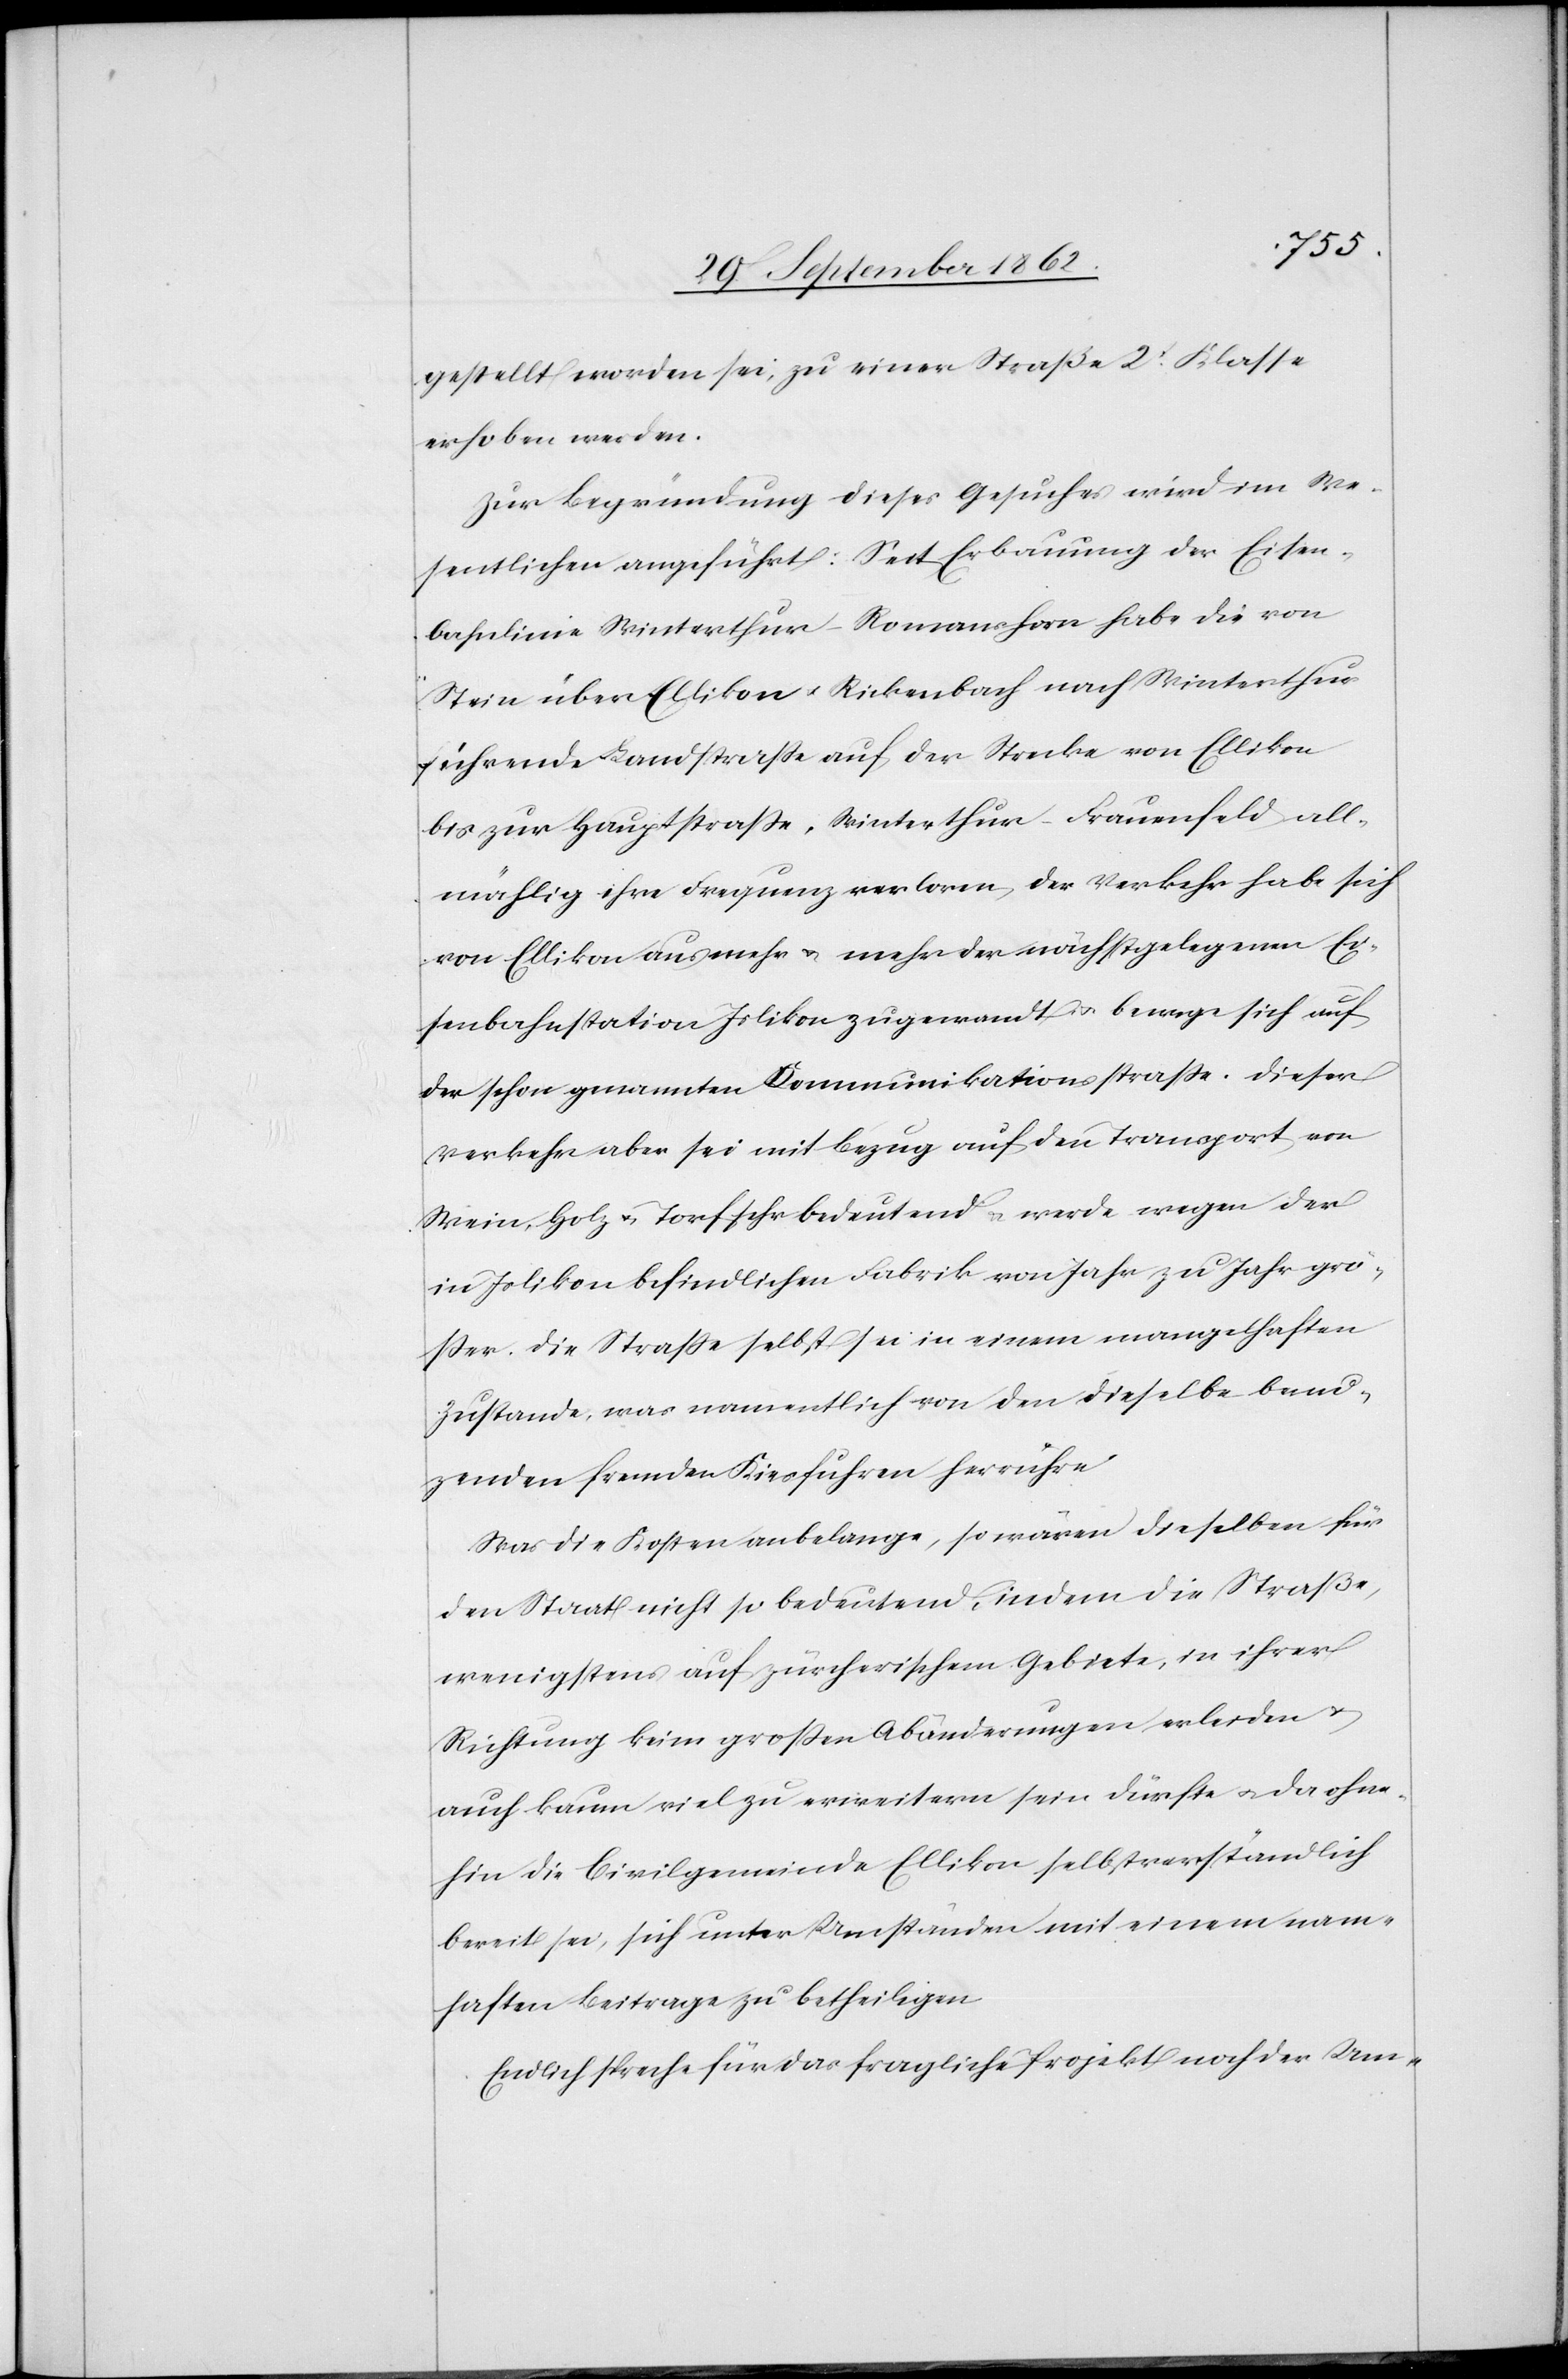
gestellt worden sei, zu einer Straße 2t Klasse
erhoben werden.
Zur Begründung dieses Gesuches wird im We¬
sentlichen angeführt: Seit Erbauung der Eisen¬
bahnlinie Winterthur–Romanshorn habe die von
Stein über Ellikon u. Rickenbach nach Winterthur
führende Landstraße auf der Strecke von Ellikon
bis zur Hauptstraße Winterthur–Frauenfeld all¬
mählig ihre Frequenz verloren, der Verkehr habe sich
von Ellikon aus mehr u. mehr der nächstgelegenen Ei¬
senbahnstation Islikon zugewandt u. bewege sich auf
der schon genannten Kommunikationsstraße. Dieser
Verkehr aber sei mit Bezug auf den Transport von
Wein, Holz u. Torf sehr bedeutend u. werde wegen der
in Islikon befindlichen Fabrik von Jahr zu Jahr grö¬
ßer. Die Straße selbst sei in einem mangelhaften
Zustande, was namentlich von den dieselbe benu¬
zenden fremden Kiesfuhren herrühre.
Was die Kosten anbelange, so wären dieselben für
den Staat nicht so bedeutend, indem die Straße,
wenigstens auf zürcherischem Gebiete, in ihrer
Richtung keine großen Abänderungen erleiden u.
auch kaum viel zu erweitern sein dürfte u. da ohne¬
hin die Civilgemeinde Ellikon selbstverständlich
bereit sei, sich unter Umständen mit einem nam¬
haften Beitrage zu betheiligen.
Endlich spreche für das fragliche Projekt noch der Um-